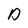
Character: D